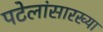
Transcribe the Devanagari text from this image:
पटेलांसारख्या